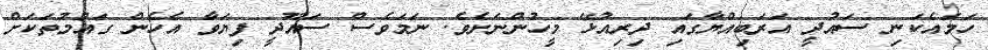
ހަމައެކަނި ސައުދީ އަރަބިއްޔާގައި ދިރިއުޅޭ މީހުންނަށެވެ. ނަމަވެސް ސައޫދީ ފިޔަވާ އެހެން ގައުމުތަކަށް